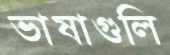
ভাষাগুলি